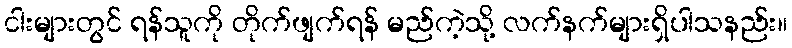
ငါးများတွင် ရန်သူကို တိုက်ဖျက်ရန် မည်ကဲ့သို့ လက်နက်များရှိပါသနည်း။